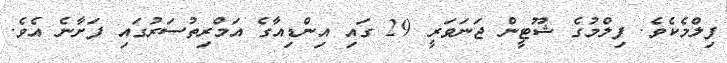
ފިލްމެކެވެ. ފިލްމުގެ ޝޫޓީން ޖަނަވަރީ 29 ގައި އިންޑިއާގެ އަމްރިތުސަރުގައި ފަށާނެ އެވެ.